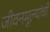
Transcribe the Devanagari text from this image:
जीवनमूल्यांची